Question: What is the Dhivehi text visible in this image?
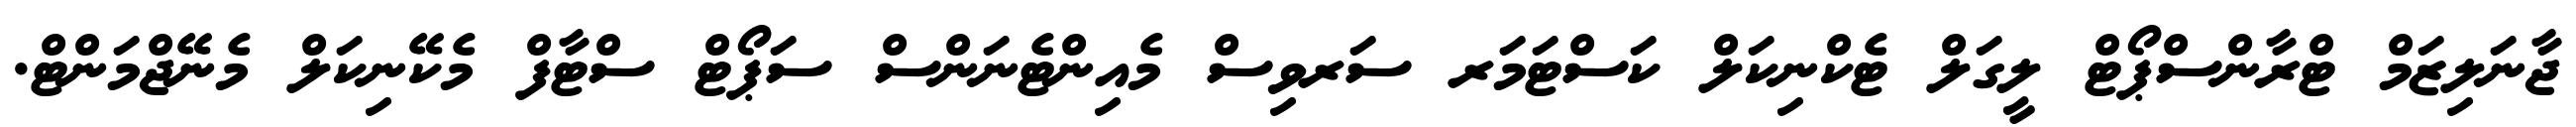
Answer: ޖާނަލިޒަމް ޓްރާންސްޕޯޓް ލީގަލް ޓެކްނިކަލް ކަސްޓަމަރ ސަރވިސް މެއިންޓެނަންސް ސަޕޯޓް ސްޓާފް މެކޭނިކަލް މެނޭޖްމަންޓް.